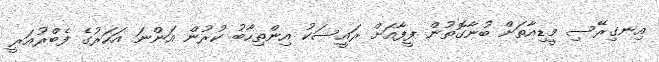
އިނގިރޭސި މީޑިއާތަށް ބުނާގޮތުން ފީފާއަށް ރައީސަކު އިންތިހާބު ކުރުން އަންނަ އަހަރުގެ ފެބްރުއަރީ